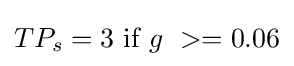
TP_{s}=3~{\mbox{if}}~g\ >=0.06